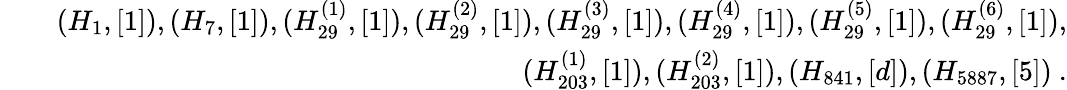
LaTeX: \begin{array}{rlr}&{}&{(H_{1},[1]),(H_{7},[1]),(H_{29}^{(1)},[1]),(H_{29}^{(2)},[1]),(H_{29}^{(3)},[1]),(H_{29}^{(4)},[1]),(H_{29}^{(5)},[1]),(H_{29}^{(6)},[1]),}\\ &{}&{(H_{203}^{(1)},[1]),(H_{203}^{(2)},[1]),(H_{841},[d]),(H_{5887},[5])~.}\end{array}